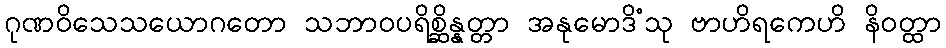
ဂုဏဝိသေသယောဂတော သဘာဝပရိစ္ဆိန္နတ္တာ အနုမောဒိံသု ဗာဟိရကေဟိ နိဝတ္ထာ